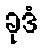
ခုဒံ